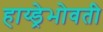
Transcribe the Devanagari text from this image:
हाय्ड्रेभोवती